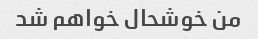
من خوشحال خواهم شد